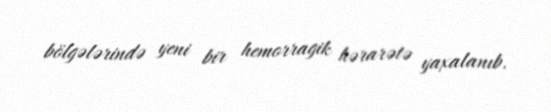
bölgələrində yeni bir hemorragik hərarətə yaxalanıb.